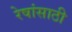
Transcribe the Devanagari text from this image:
रेषांसाठी